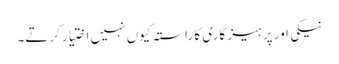
نیکی اور پر ہیز گاری کا راستہ کیوں نہیں اختیار کرتے۔